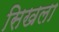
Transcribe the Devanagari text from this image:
सिखला